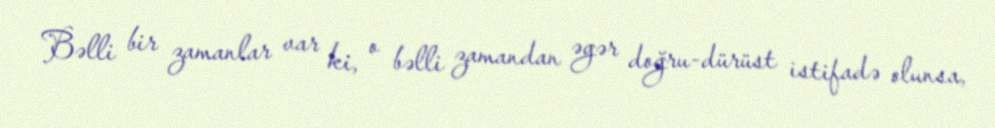
Bəlli bir zamanlar var ki, o bəlli zamandan əgər doğru-dürüst istifadə olunsa,